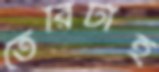
তৈরিটাই